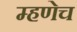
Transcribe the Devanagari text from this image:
म्हणेच